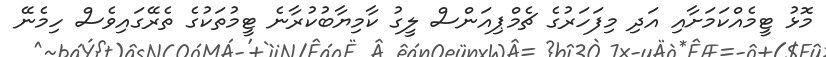
މޮޅު ޓީމެއްކަމަށާއި އަދި މިފަހަރުގެ ޗެމްޕިއަންސް ލީގު ކާމިޔާބުކުރާނެ ޓީމުތަކުގެ ތެރޭގައިވެސް ހިމެނޭ